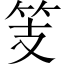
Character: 𱷲